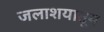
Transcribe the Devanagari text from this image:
जलाशयातून